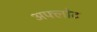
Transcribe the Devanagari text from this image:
अफ्लोट